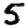
Digit: 5